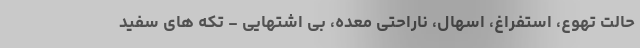
حالت تهوع، استفراغ، اسهال، ناراحتی معده، بی اشتهایی - تکه های سفید